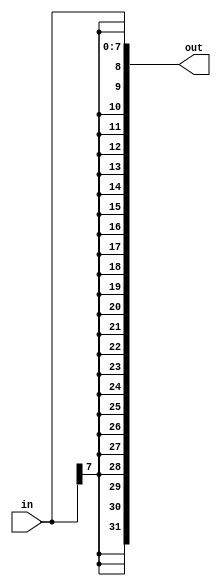
//
//
// https://hdlbits.01xz.net/wiki/Vector4
//
//

`default_nettype none

module top_module (
    input   [7:0]   in,
    output  [31:0]  out
);

    assign out = {{24{in[7]}}, in};

endmodule